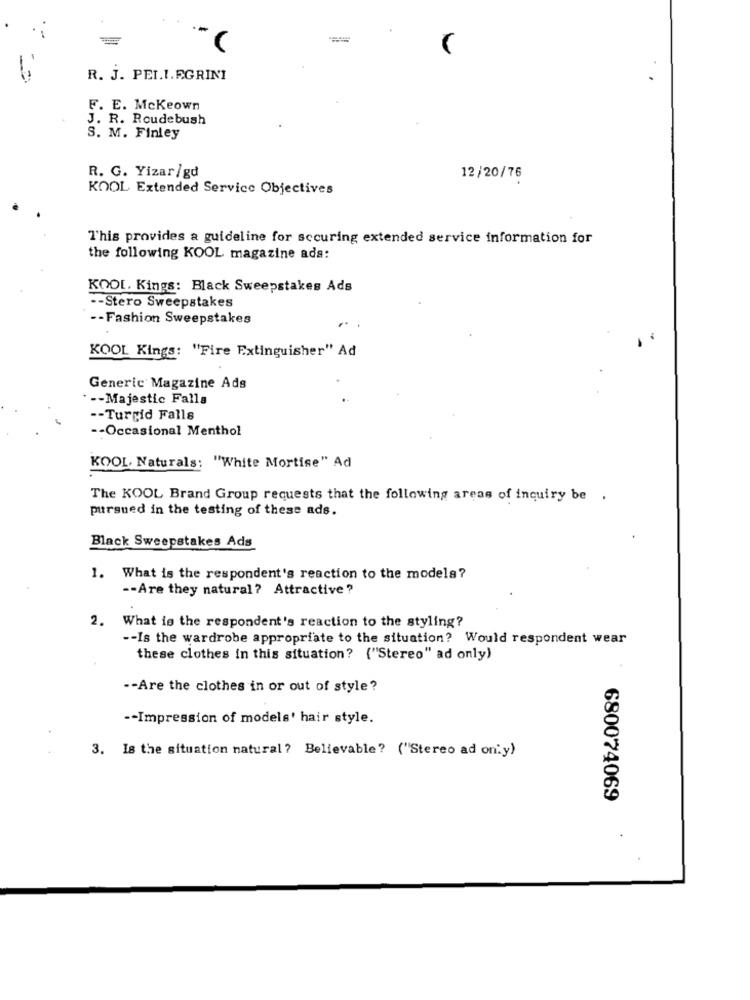
R. J. PEL.I.FGRINI
F. E. Mckeown
J. R. Roudebush
S. M. Finley
R. G. Yizar/gd
12/20/76
KOOL Extended Service Objectives
This provides a guideline for securing extended service information for
the following KOOL magazine ads:
KOOL. Kings: Black Sweepstakes Ads
-- Stero Sweepstakes
-- Fashion Sweepstakes
KOOL Kings: "Fire Extinguisher" Ad
Generic Magazine Ads
-- Majestic Falls
-- Turgid Falls
-- Occasional Menthol
KOOL. Naturals: "White Mortise" Ad
The KOOL Brand Group requests that the following areas of inquiry be .
pursued in the testing of these ads.
Black Sweepstakes Ads
1. What is the respondent's reaction to the models?
-- Are they natural ? Attractive?
2. What is the respondent's reaction to the styling?
-- Is the wardrobe appropriate to the situation? Would respondent wear
these clothes in this situation? ("Stereo" ad only)
-- Are the clothes in or out of style?
-- Impression of models' hair style.
3. Is the situation natural? Believable? ("Stereo ad on. y)
680074069